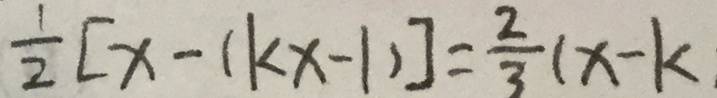
\frac { 1 } { 2 } [ x - ( k x - 1 ) ] = \frac { 2 } { 3 } ( x - k )